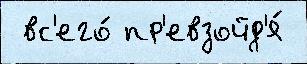
 вс'его́ пр'евзойд'я́